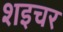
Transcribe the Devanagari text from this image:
शइचर